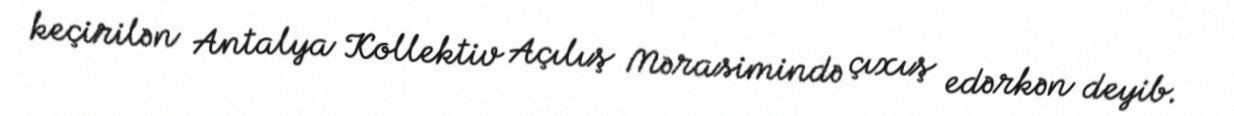
keçirilən Antalya Kollektiv Açılış Mərasimində çıxış edərkən deyib.